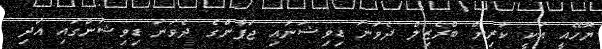
ޔޮހޭއީ އަކީ ކުރިން ބްރެޒިލް ދެވަނަ ޑިވިޝަނާއި ޖަޕާންގެ ދެވަނަ ޑިވިޝަންގައި އަދި